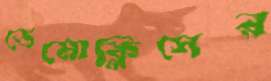
ডেমোক্লিসের